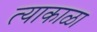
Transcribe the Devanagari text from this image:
त्याकाळा